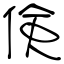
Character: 倹